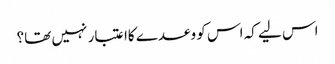
اس لیے کہ اس کو وعدے کاا عتبار نہیں تھا؟